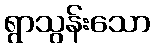
ရွာသွန်းသော